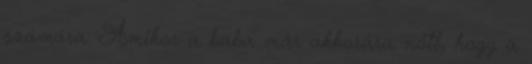
számára. Amikor a baba már akkorára nőtt, hogy a